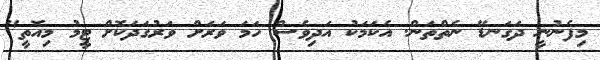
މިފެނުނީ ދަގަނޑޭ ނެތްތަން. އެކަމަކު އަދިވެސް ހަމަ ވަރަށް ވަރުގަދަކޮށް ޓީމު މިއޮތީ"